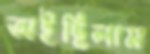
অইছিলাম